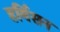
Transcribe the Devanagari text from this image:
हर्मिसन